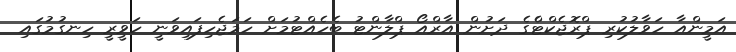
އަމީންއާ ހަވާލުކުރި ޕްރޮޖެކްޓްެގެ ދަށުން އާރްއޯ ޕްލާންޓު ބެހެއްޓުމަށް ހަމަޖެހިފައިވަނީ ހަވީރީ ހިނގުމުގައި